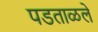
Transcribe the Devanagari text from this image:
पडताळले